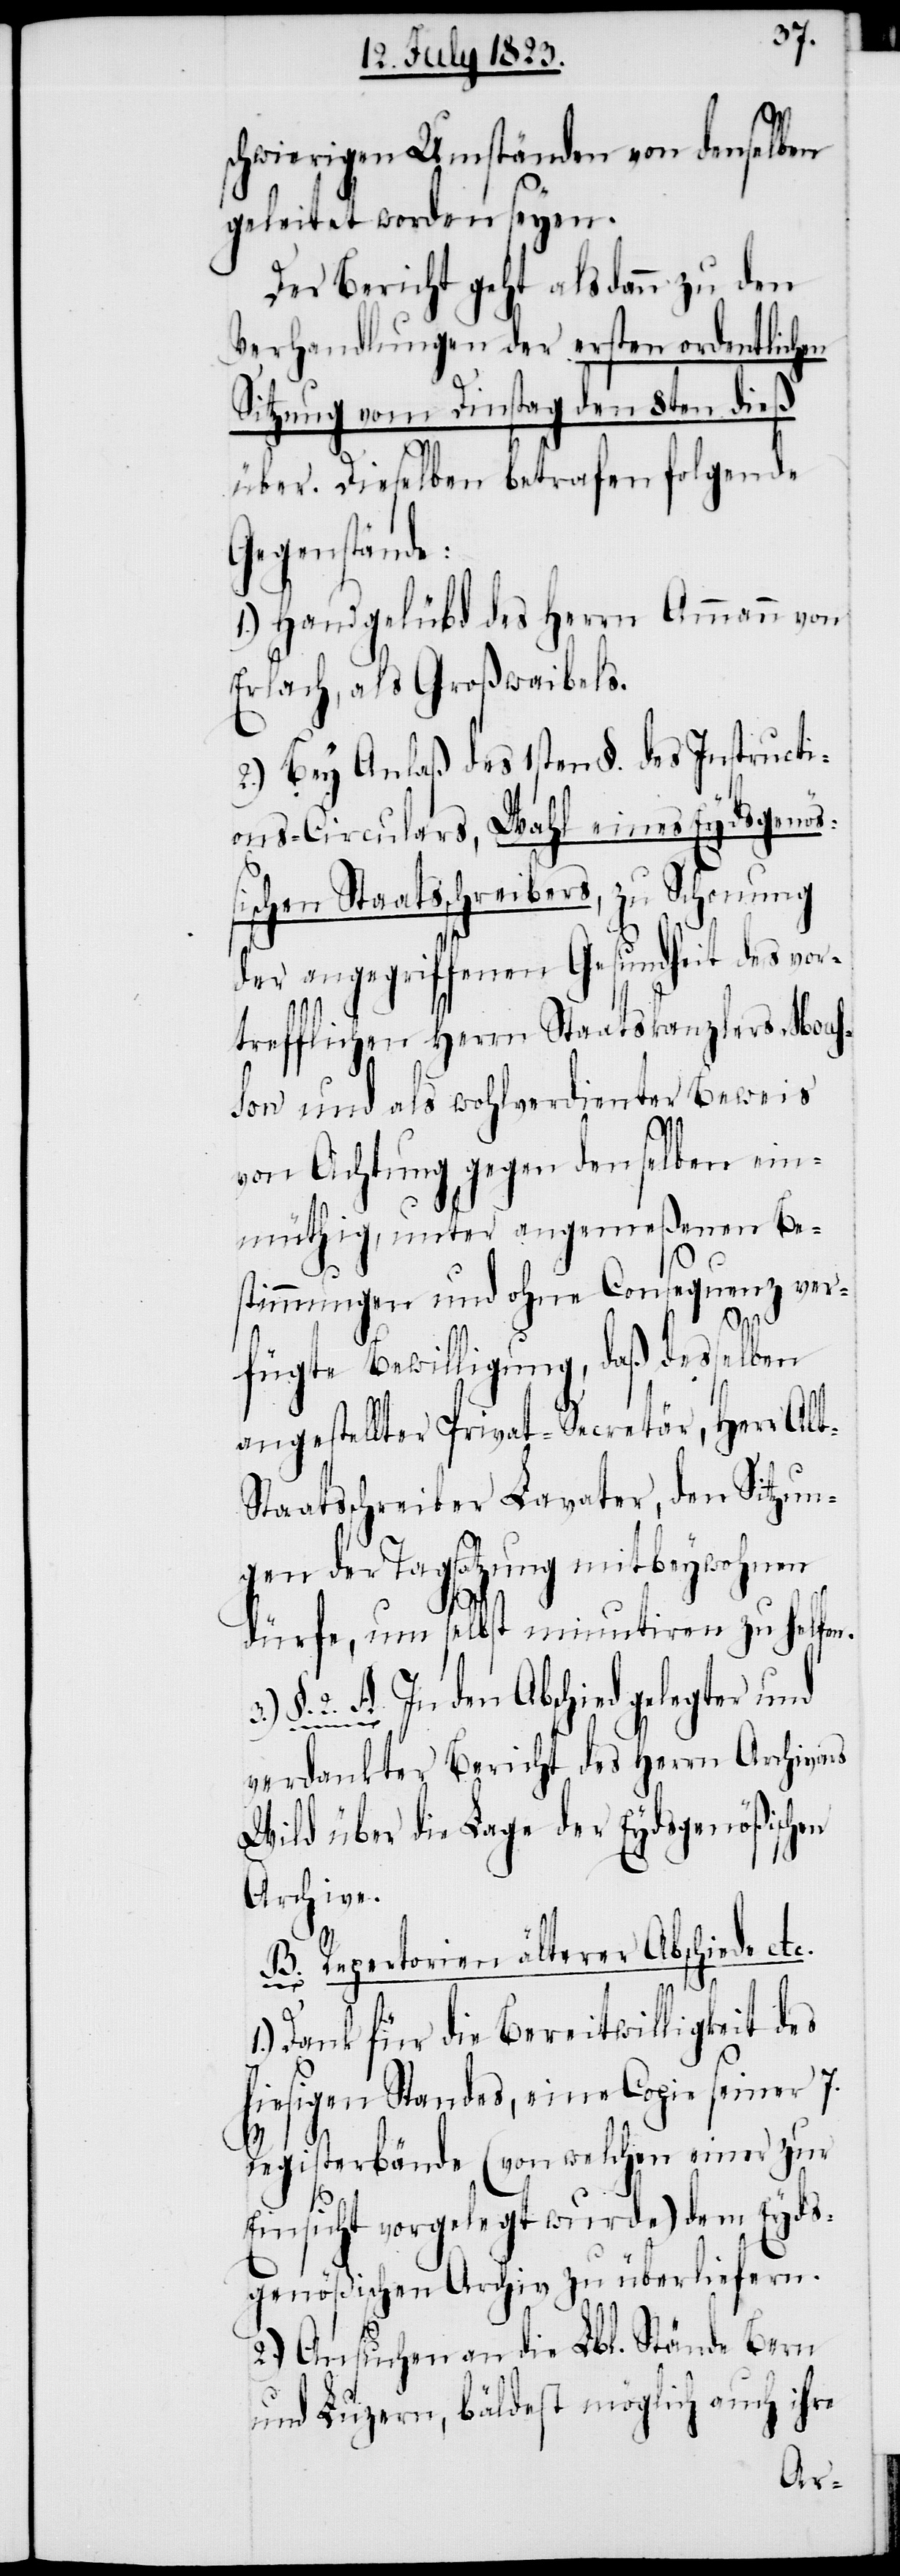
schwierigen Umständen von denselben
geleitet worden seyen.
Der Bericht geht alsdann zu den
Verhandlungen der ersten ordentlichen
Sitzung vom Dinstag den 8ten dieß
über. Dieselben betrafen folgende
Gegenstände:
1.) Handgelübd des Herrn Ammann von
Erlach, als Großwaibels.
2.) Bey Anlaß des 1sten §. des Instructi¬
ons-Circulars, Wahl eines Eydsgenöß¬
ischen Staatsschreibers, zu Schonung
der angegriffenen Gesundheit des vor¬
trefflichen Herrn Staatskanzlers Mous¬
son und als wohlverdienter Beweis
von Achtung gegen denselben ein¬
müthig, unter angemeßenen Be¬
stimmungen und ohne Consequenz ver¬
fügte Bewilligung, daß desselben
angestellter Privat-Secretär, Herr Al¬
taatsschreiber Lavater, den Sitzun¬
gen der Tagsatzung mit beywohnen
dürfe, um selbst minutiren zu helfen.
§. 2. A In den Abschied gelegter und
verdankter Bericht des Herrn Archivars
Wild über die Lage der Eydsgenößischen
Archive.
B. Repertorien älterer Abschiede et¬
c.
1.) Dank für die Bereitwilligkeit des
hiesigen Standes, eine Copie seiner 7.
Registerbände (von welchen einer zur
Einsicht vorgelegt wurde) dem Eyds¬
genößischen Archiv zu überliefern.
2.) Ansuchen an die Lbl. Stände Bern
und Luzern, bäldest möglich auch ihre